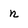
Character: n